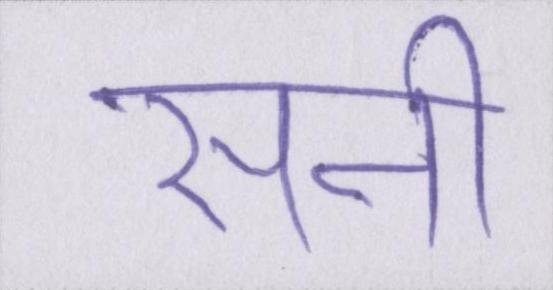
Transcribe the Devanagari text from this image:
सनी